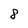
Character: 8